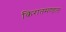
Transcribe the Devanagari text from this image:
किरातमण्डल